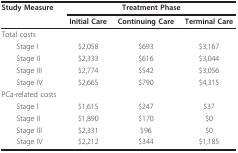
| Study Measure | <COLSPAN=3> Treatment Phase |
 |  | Initial Care | Continuing Care | Terminal Care |
 | --- | --- | --- | --- |
 | Total costs |  |  |  |
 | Stage I | $2,058 | $693 | $3,167 |
 | Stage II | $2,333 | $616 | $3,044 |
 | Stage III | $2,774 | $542 | $3,056 |
 | Stage IV | $2,665 | $790 | $4,315 |
 | PCa-related costs |  |  |  |
 | Stage I | $1,615 | $247 | $37 |
 | Stage II | $1,890 | $170 | $0 |
 | Stage III | $2,331 | $96 | $0 |
 | Stage IV | $2,212 | $344 | $1,185 |